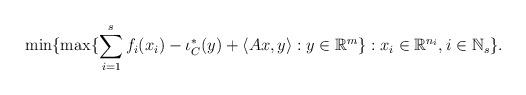
LaTeX: \begin{align*}\min\{\max\{\sum_{i=1}^s f_i(x_i)-\iota_{C}^*(y)+\langle Ax, y\rangle: y\in\mathbb{R}^m\}: x_i\in\mathbb{R}^{n_i}, i\in\mathbb{N}_s\}.\end{align*}